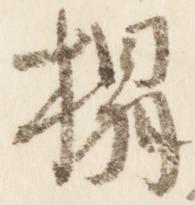
榻